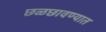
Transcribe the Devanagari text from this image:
छळछावण्यात